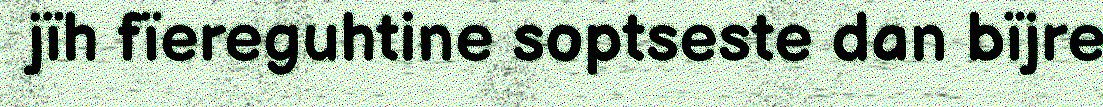
jïh fïereguhtine soptseste dan bïjre